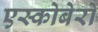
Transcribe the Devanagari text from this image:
एस्कोबेरो